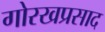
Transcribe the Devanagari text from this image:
गोरखप्रसाद